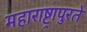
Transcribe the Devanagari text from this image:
महाराष्ट्रापुरते